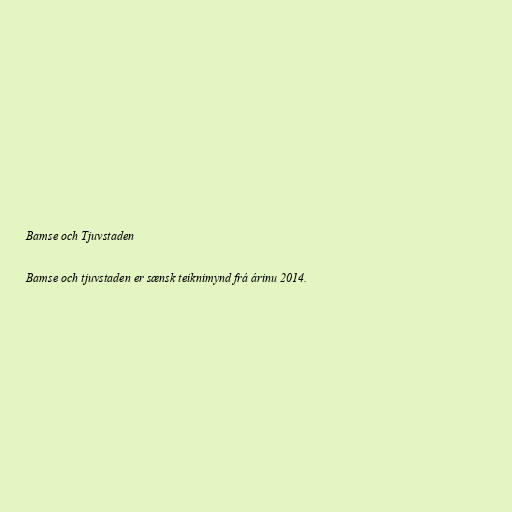
Bamse och Tjuvstaden

Bamse och tjuvstaden er sænsk teiknimynd frá árinu 2014.